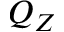
Q _ { Z }